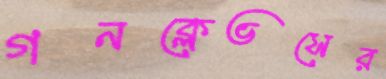
গনক্লেভসের